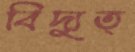
বিদ্যুত্